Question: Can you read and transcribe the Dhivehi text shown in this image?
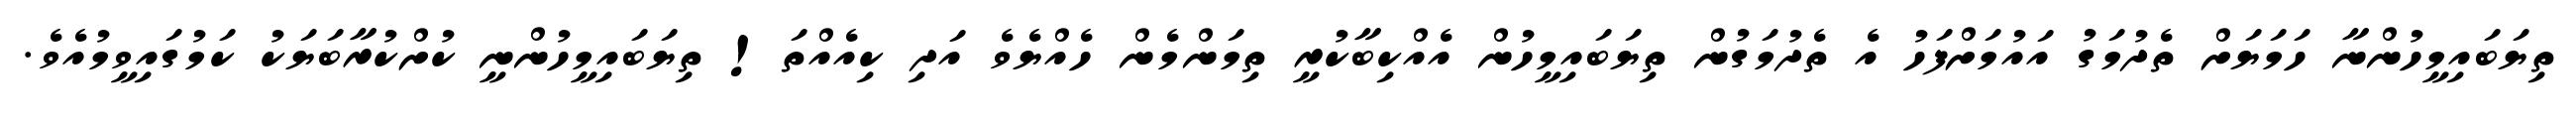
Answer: ތިޔަބައިމީހުންނާ ހަމަޔަށް ތެދުމަގު އައުމަށްފަހު އެ ތެދުމަގުން ތިޔަބައިމީހުން އެއްކިބާކުރީ ތިމަންމެން ހެއްޔެވެ އަދި ކިއެއްތަ! ތިޔަބައިމީހުންނީ ކުށްކުރާބަޔަކު ކަމުގައިވީމުއެވެ.